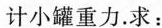
计小罐重力。求：